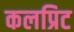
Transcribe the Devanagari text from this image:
कलप्रिट